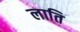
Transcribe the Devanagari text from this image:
लाति